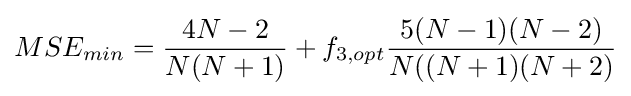
MSE_{min}={\frac {4N-2}{N(N+1)}}+f_{3,opt}{\frac {5(N-1)(N-2)}{N((N+1)(N+2)}}